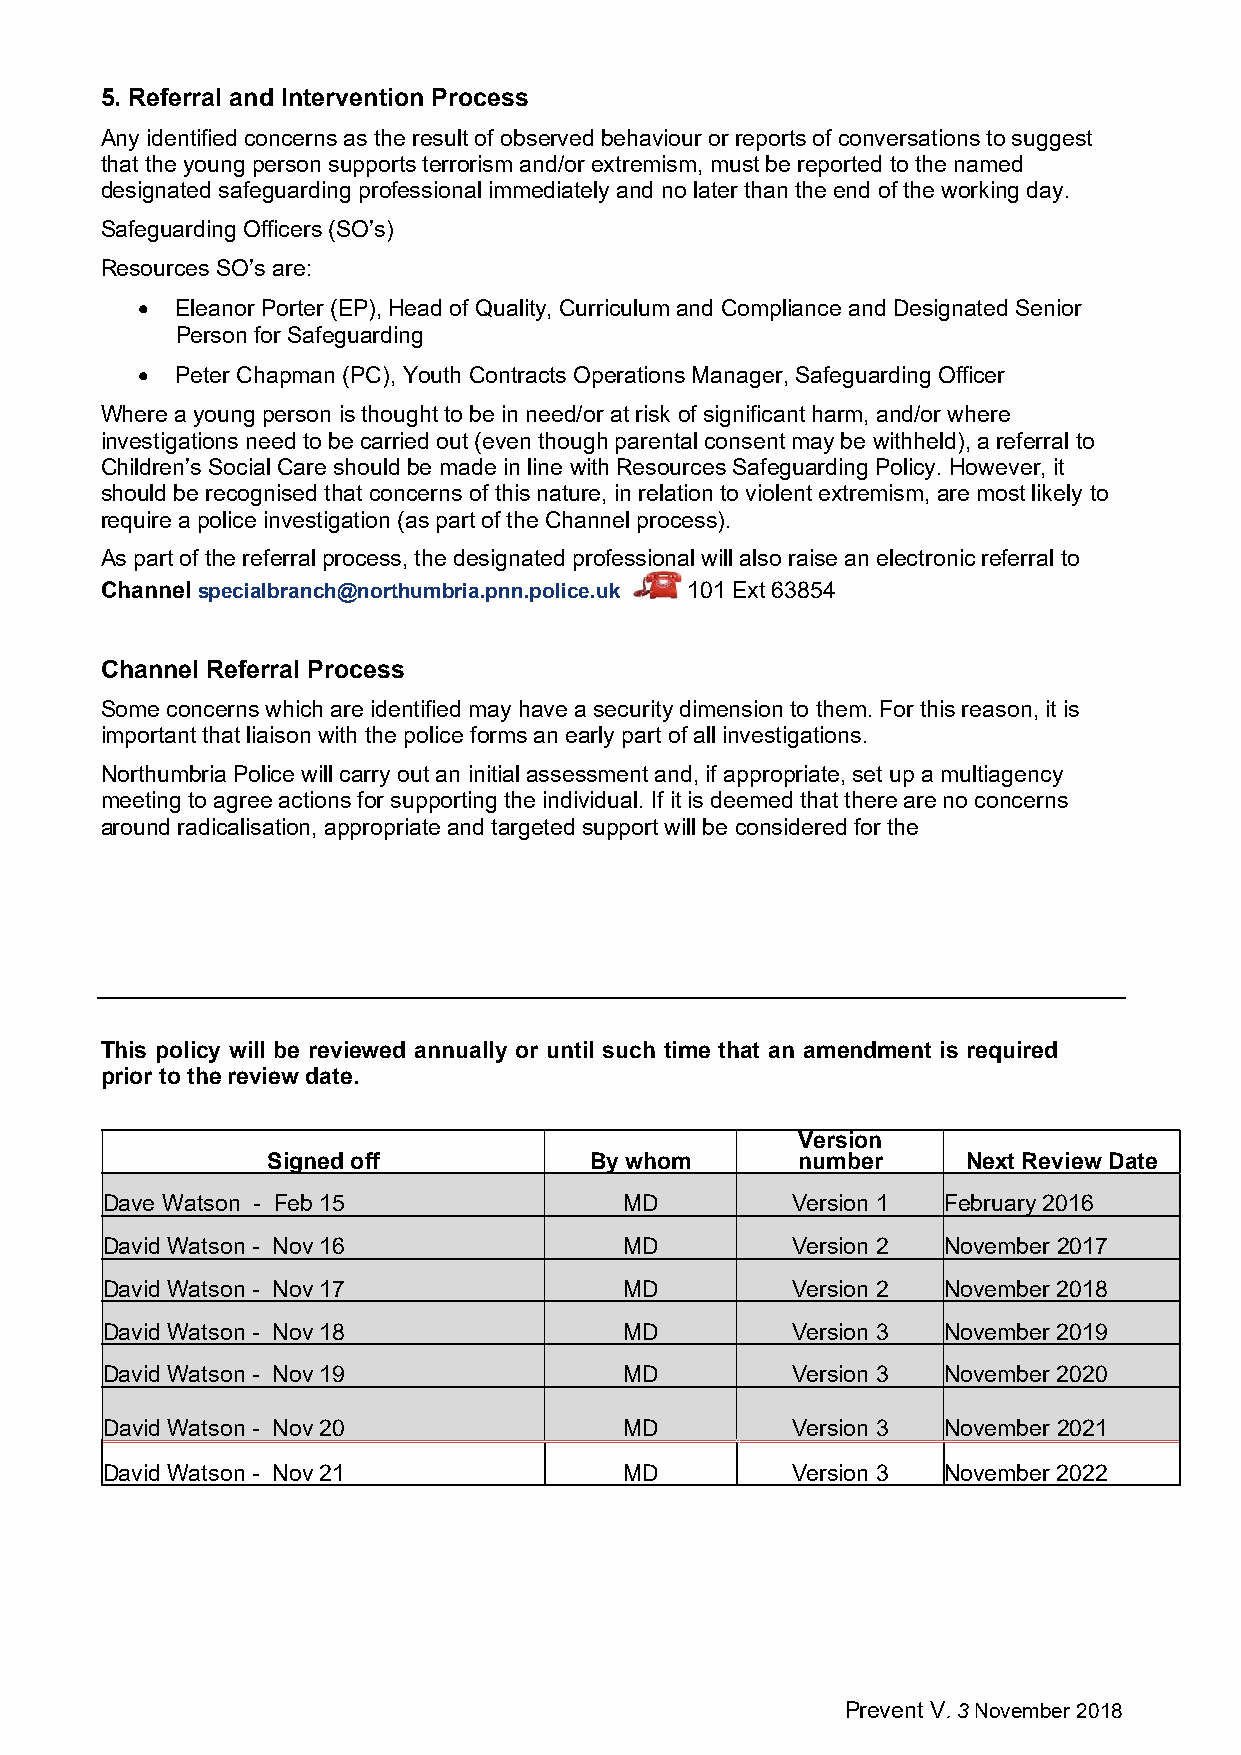
5. Referral and Intervention Process
 Any identified concerns as the result of observed behaviour or reports of conversations to suggest
 that the young person supports terrorism and/or extremism, must be reported to the named
 designated safeguarding professional immediately and no later than the end of the working day.
 Safeguarding Officers (SO’s)
 Resources SO’s are:
   Eleanor Porter (EP), Head of Quality, Curriculum and Compliance and Designated Senior
 Person for Safeguarding
   Peter Chapman (PC), Youth Contracts Operations Manager, Safeguarding Officer
 Where a young person is thought to be in need/or at risk of significant harm, and/or where
 investigations need to be carried out (even though parental consent may be withheld), a referral to
 Children’s Social Care should be made in line with Resources Safeguarding Policy. However, it
 should be recognised that concerns of this nature, in relation to violent extremism, are most likely to
 require a police investigation (as part of the Channel process).
 As part of the referral process, the designated professional will also raise an electronic referral to
 Channel specialbranch@northumbria.pnn.police.uk 101 Ext 63854
 Channel Referral Process
 Some concerns which are identified may have a security dimension to them. For this reason, it is
 important that liaison with the police forms an early part of all investigations.
 Northumbria Police will carry out an initial assessment and, if appropriate, set up a multiagency
 meeting to agree actions for supporting the individual. If it is deemed that there are no concerns
 around radicalisation, appropriate and targeted support will be considered for the
 This policy will be reviewed annually or until such time that an amendment is required
 prior to the review date.
 Version
 Signed off           By whom       number     Next Review Date
 Dave Watson - Feb 15              MD         Version 1 February 2016
 David Watson - Nov 16             MD         Version 2 November 2017
 David Watson - Nov 17             MD         Version 2 November 2018
 David Watson - Nov 18             MD         Version 3 November 2019
 David Watson - Nov 19             MD         Version 3 November 2020
 David Watson - Nov 20             MD         Version 3 November 2021
 David Watson - Nov 21             MD         Version 3 November 2022
 Prevent V. 3 November 2018